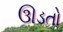
ઊડતો